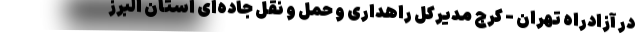
در آزادراه تهران - کرج مدیرکل راهداری و حمل و نقل جاده‌ای استان البرز